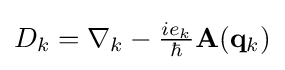
{\textstyle D_{k}=\nabla _{k}-{\frac {ie_{k}}{\hbar }}\mathbf {A} (\mathbf {q} _{k})}